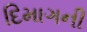
દિમાગની